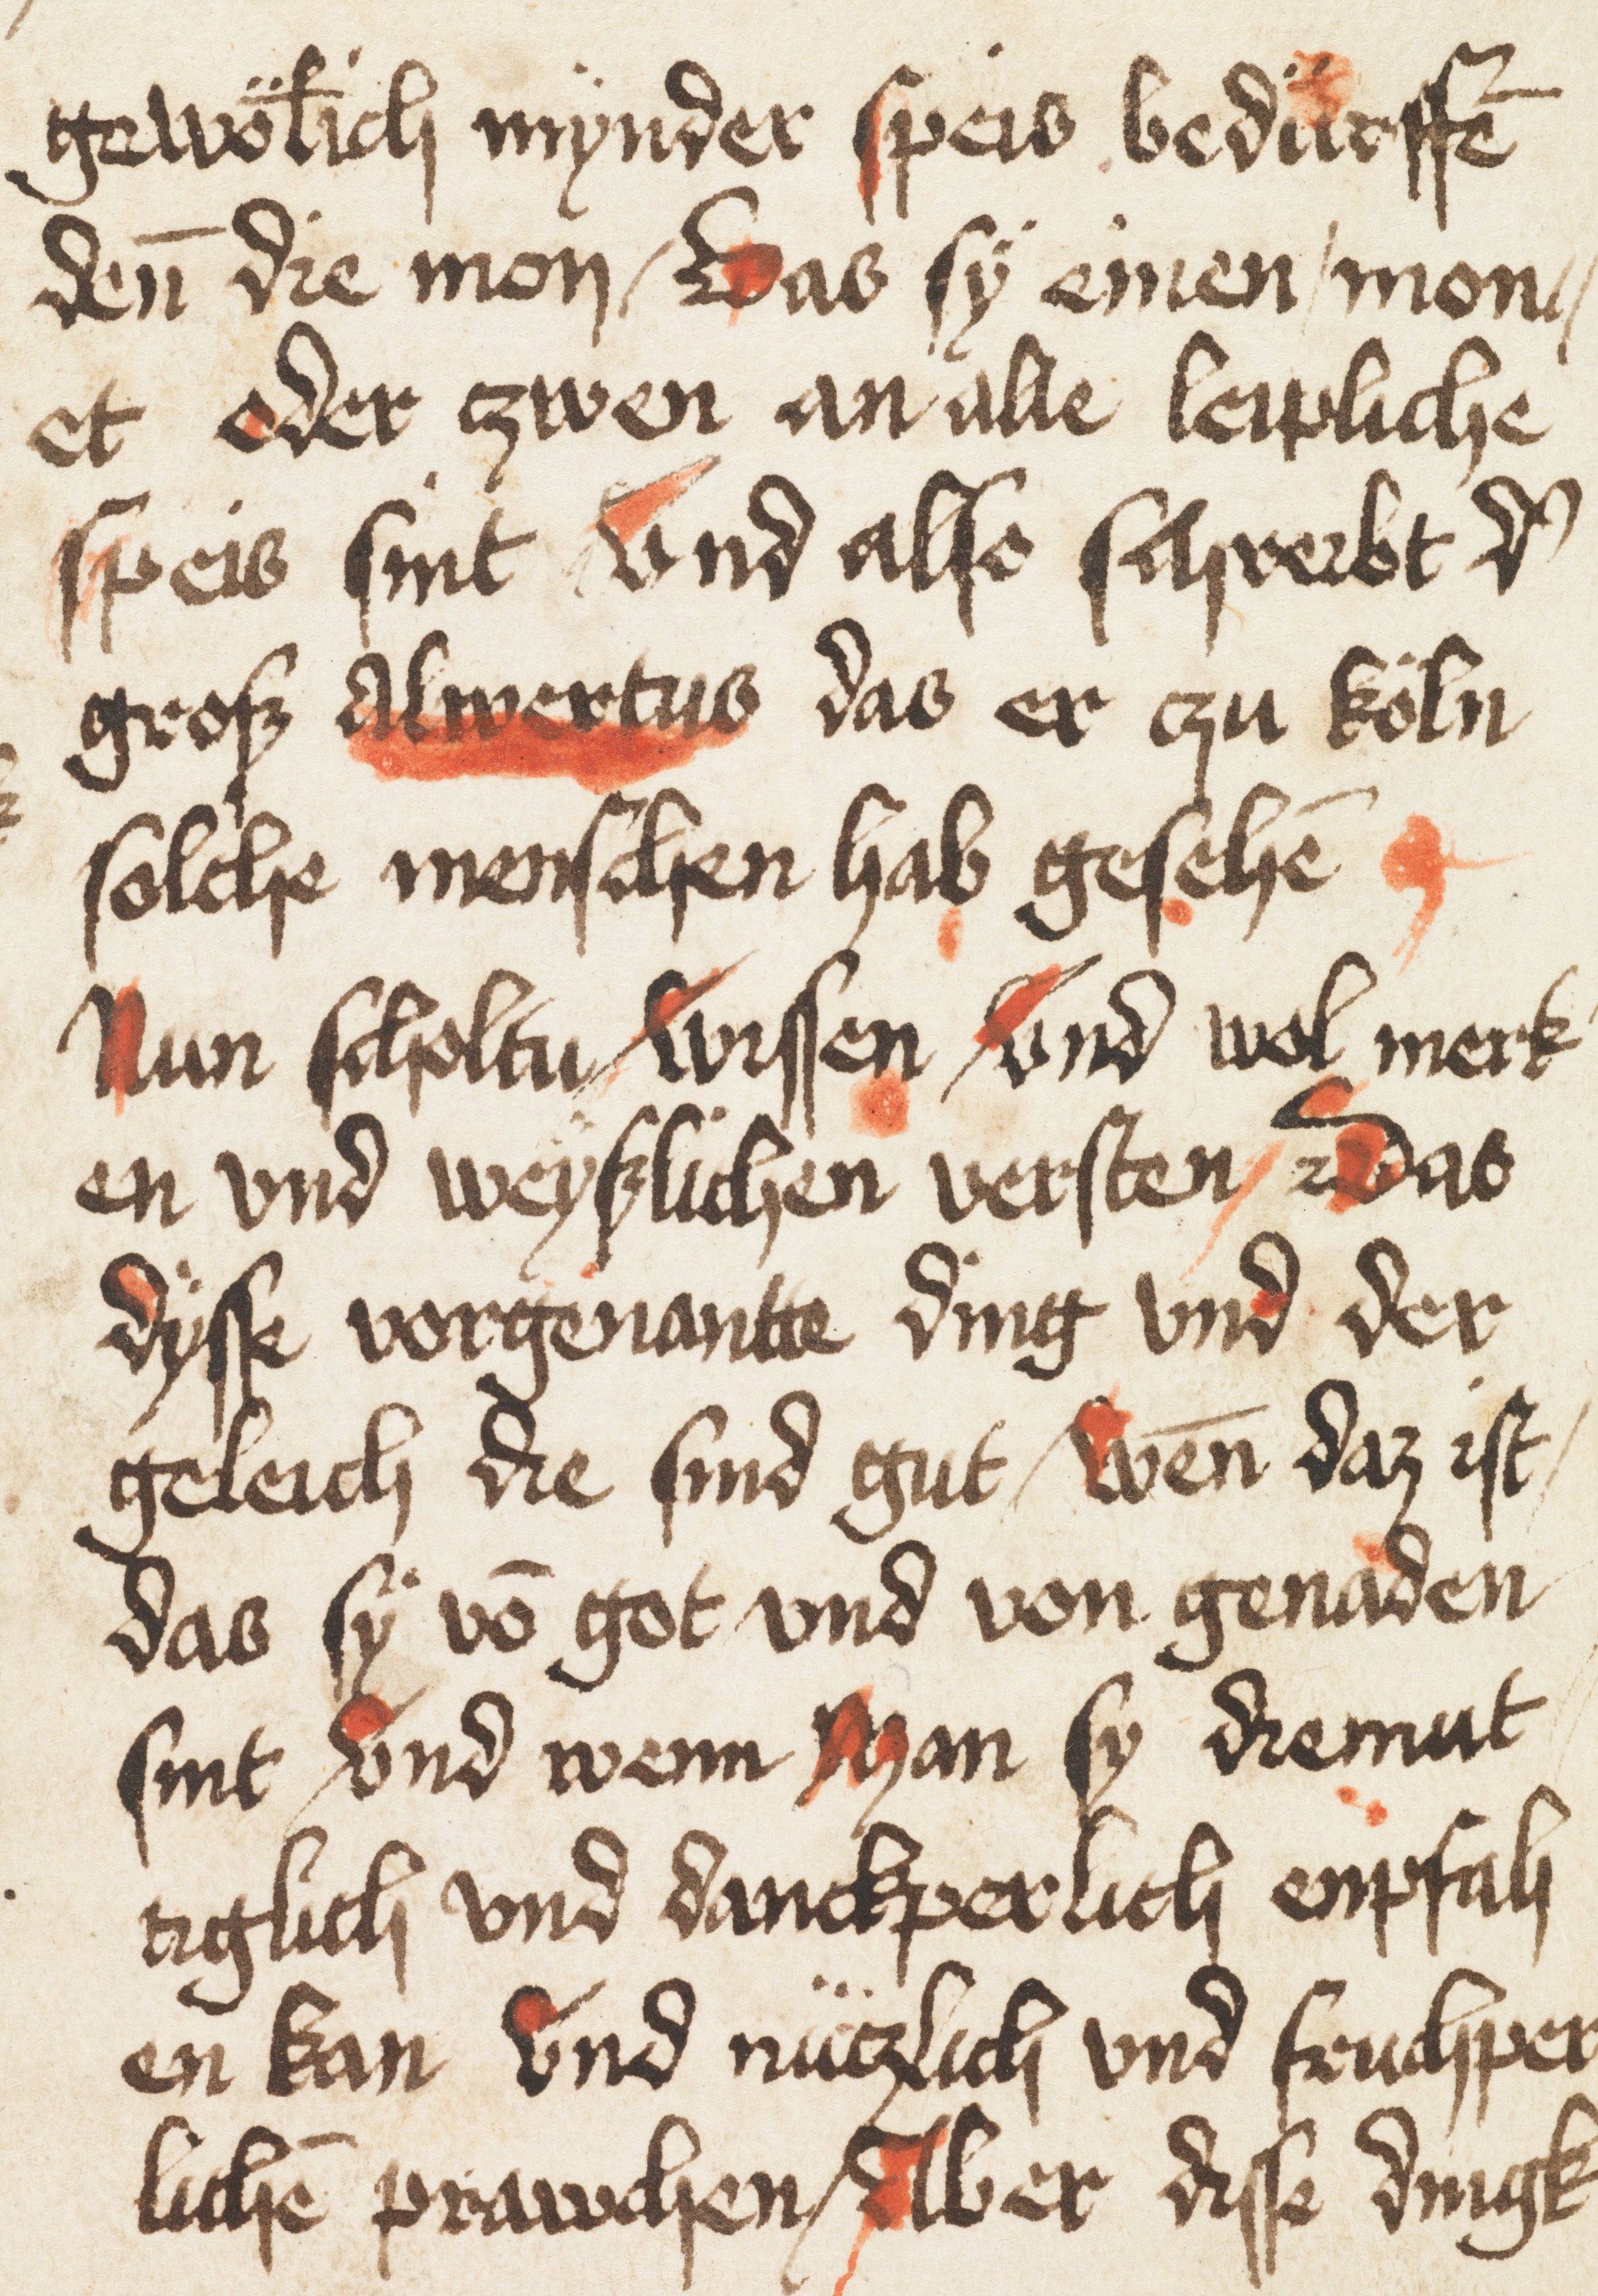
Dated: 1400–1499